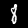
Digit: 8